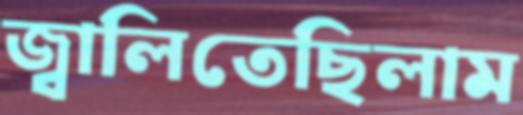
জ্বালিতেছিলাম